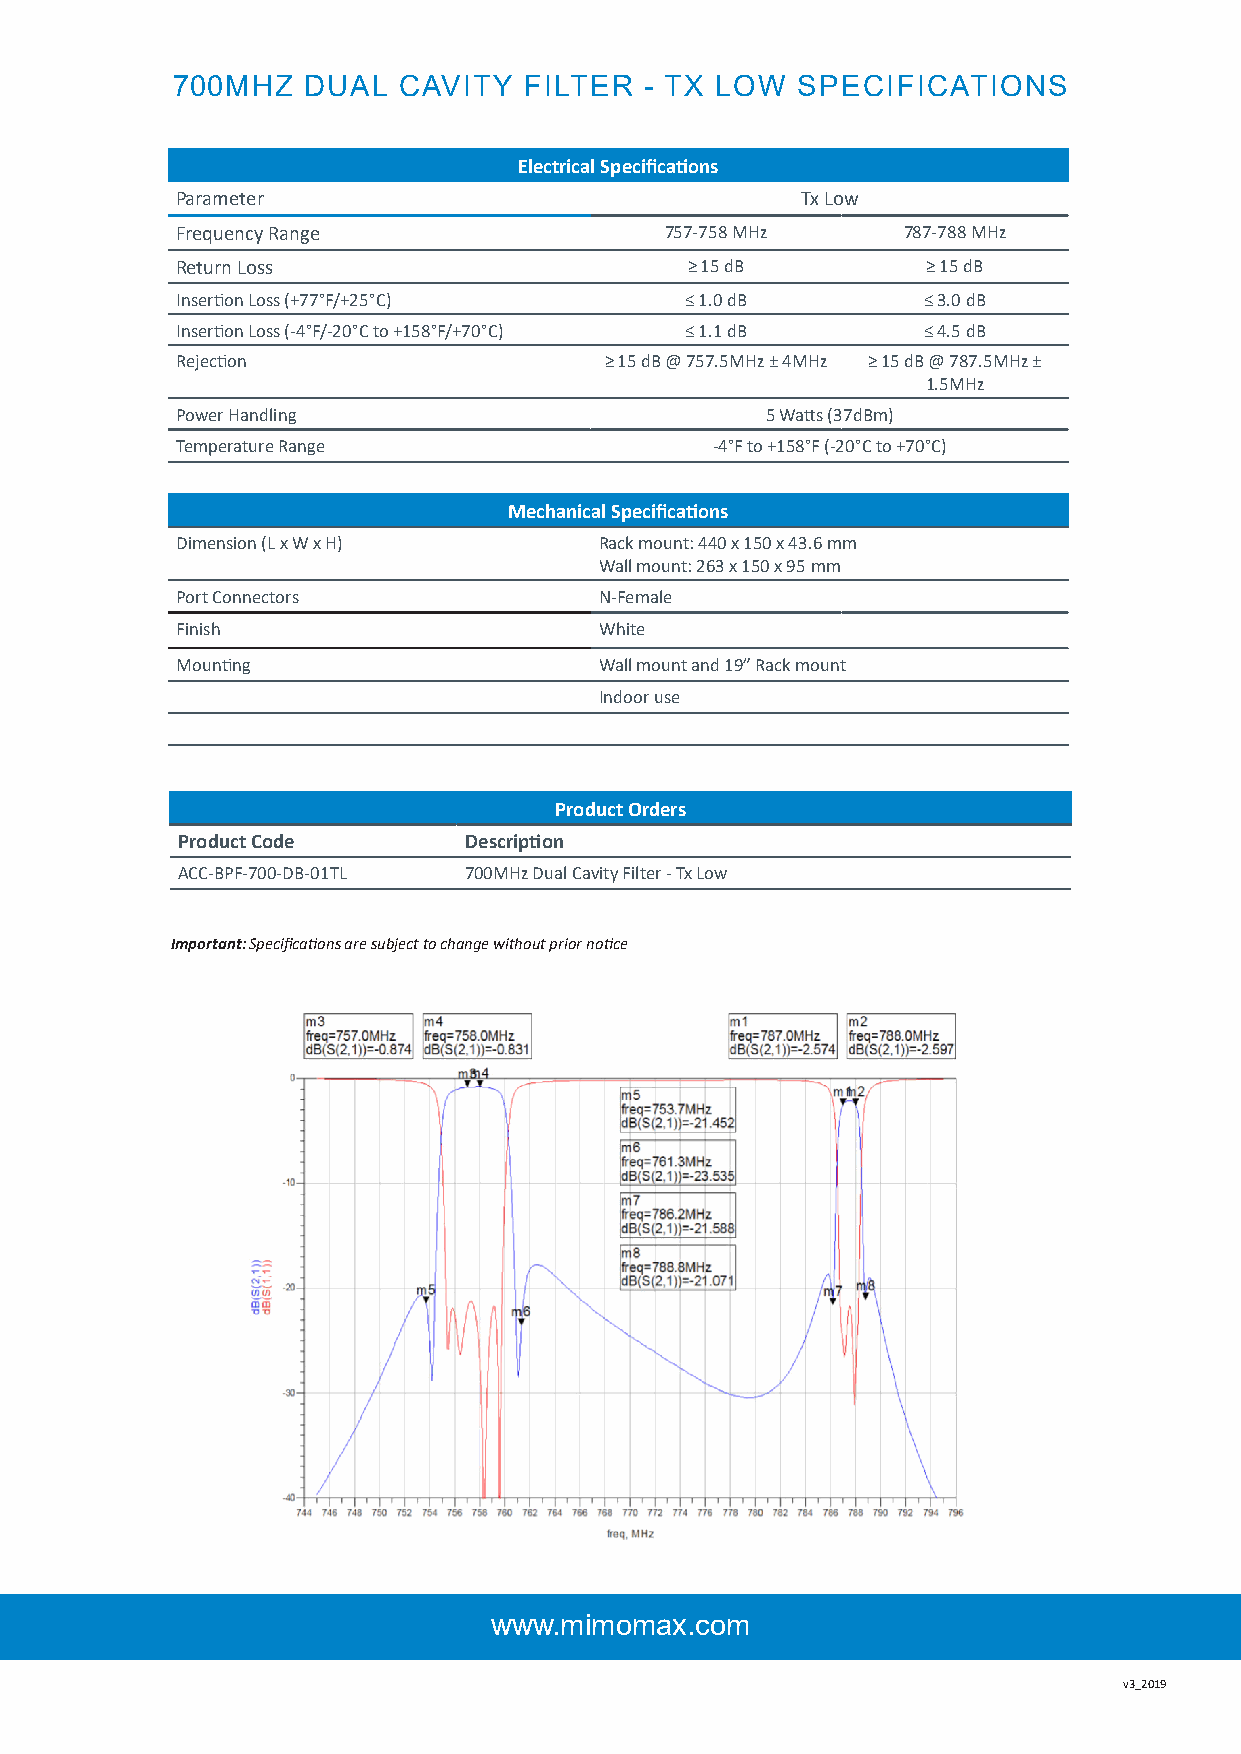
700MHZ   DUAL  CAVITY   FILTER  - TX LOW  SPECIFICATIONS
 Electrical Specifications
 Parameter                                Tx Low
 Frequency Range                 757-758 MHz     787-788 MHz
 Return Loss                      ≥ 15 dB         ≥ 15 dB
 Insertion Loss (+77°F/+25°C)     ≤ 1.0 dB        ≤ 3.0 dB
 Insertion Loss (-4°F/-20°C to +158°F/+70°C) ≤ 1.1 dB ≤ 4.5 dB
 Rejection                   ≥ 15 dB @ 757.5MHz ± 4MHz ≥ 15 dB @ 787.5MHz ±
 1.5MHz
 Power Handling                         5 Watts (37dBm)
 Temperature Range                  -4°F to +158°F (-20°C to +70°C)
 Mechanical Specifications
 Dimension (L x W x H)       Rack mount: 440 x 150 x 43.6 mm
 Wall mount: 263 x 150 x 95 mm
 Port Connectors             N-Female
 Finish                      White
 Mounting                    Wall mount and 19” Rack mount
 Indoor use
 Product Orders
 Product Code       Description
 ACC-BPF-700-DB-01TL 700MHz Dual Cavity Filter - Tx Low
 Important: Specifications are subject to change without prior notice
 www.mimomax.com                 www.mimomax.com
 v3_2019